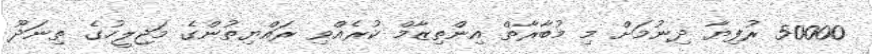
50000 ރުފިޔާ ދިނުމަށް މި މުބާރާތް އިންތިޒާމް ކުރެއްވި ރައްޔިތުންގެ މަޖިލީހުގެ ތިނަދޫ